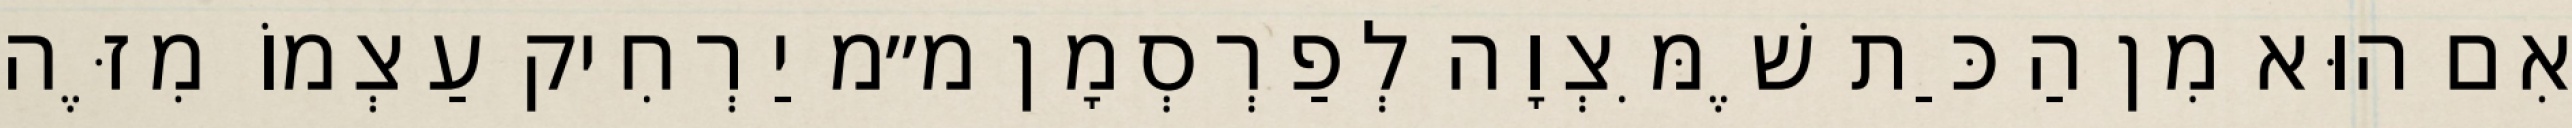
אִם הוּא מִן הַכַּת שֶׁמִּצְוָה לְפַרְסְמָן מ״מ יַרְחִיק עַצְמוֹ מִזֶּה